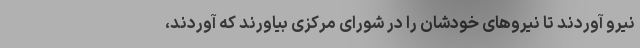
نیرو آوردند تا نیروهای خودشان را در شورای مرکزی بیاورند که آوردند،